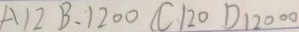
A 1 2 B . 1 2 0 0 C 1 2 0 D 1 2 0 0 0